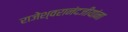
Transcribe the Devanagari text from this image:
राजेश्वरानंदजीयांना